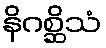
နိဂစ္ဆိသံ